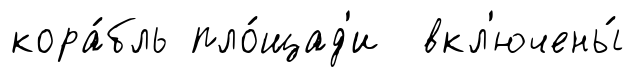
кора́бль пло́щад'и вкл'ючены́